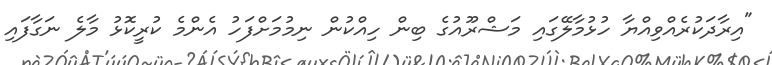
"އިރާދަކުރެއްވިއްޔާ ހުޅުމާލޭގައި މަޝްރޫއުގެ ބިން ހިއްކުން ނިމުމަށްފަހު އެންމެ ކުރީކޮޅު މާލެ ނަގާފައި